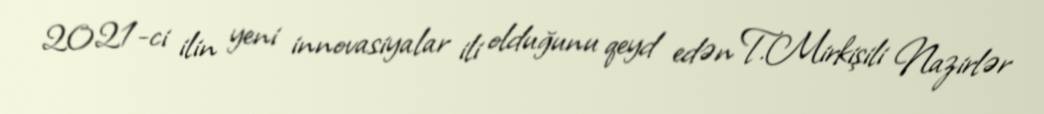
2021-ci ilin yeni innovasiyalar ili olduğunu qeyd edən T.Mirkişili Nazirlər